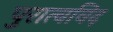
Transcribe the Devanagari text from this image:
पुरात्वविद